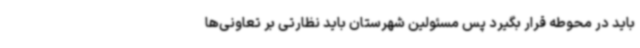
باید در محوطه قرار بگیرد پس مسئولین شهرستان باید نظارتی بر تعاونی‌ها